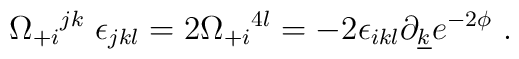
\Omega_{+i}{}^{jk} \;  \epsilon _{jkl} =  2 \Omega_{+i}{}^{4l}= -2\epsilon_{ikl} \partial_{\underline k}e^{-2\phi} \ .